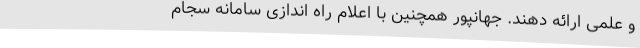
و علمی ارائه دهند. جهانپور همچنین با اعلام راه اندازی سامانه سجام